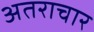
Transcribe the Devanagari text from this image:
अतराचार